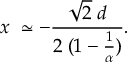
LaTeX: x \; \simeq - \frac { \sqrt { 2 } \; d } { 2 \; ( 1 - \frac { 1 } { \alpha } ) } .